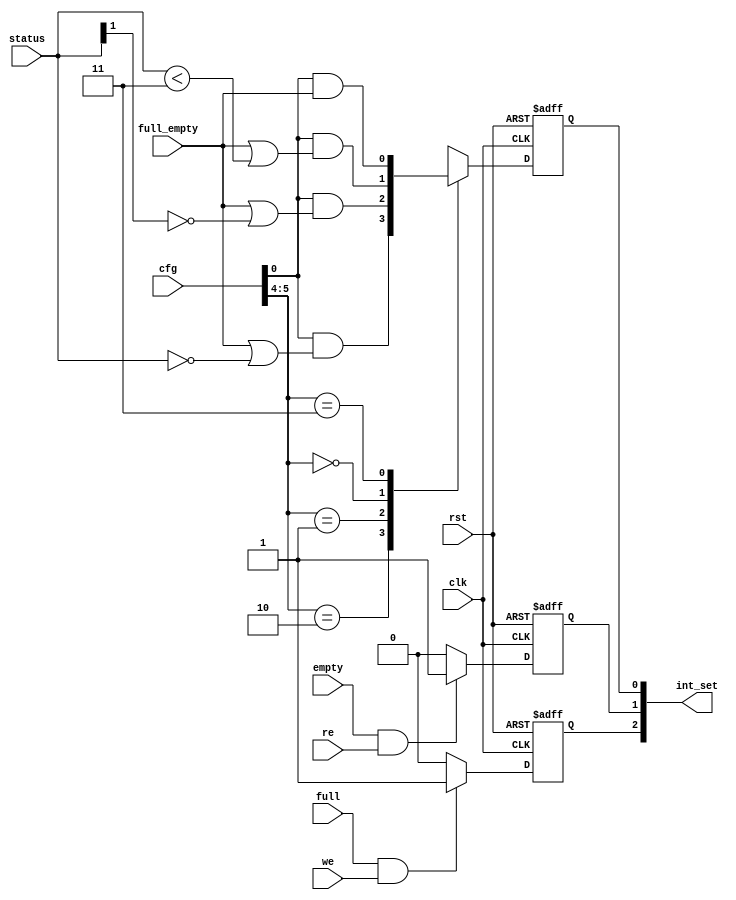
module ac97_int(clk, rst,

		// Register File Interface
		int_set,

		// FIFO Interface
		cfg, status, full_empty, full, empty, re, we
		);

input		clk, rst;
output	[2:0]	int_set;

input	[7:0]	cfg;
input	[1:0]	status;
input		full_empty, full, empty, re, we;

////////////////////////////////////////////////////////////////////
//
// Local Wires
//

reg	[2:0]	int_set;

////////////////////////////////////////////////////////////////////
//
// Interrupt Logic
//

always @(posedge clk or negedge rst)
	if(!rst)	int_set[0] <= #1 1'b0;
	else
	case(cfg[5:4])	// synopsys parallel_case full_case
			// 1/4 full/empty
	   2'h2: int_set[0] <= #1 cfg[0] & (full_empty | (status == 2'h0));
			// 1/2 full/empty
	   2'h1: int_set[0] <= #1 cfg[0] & (full_empty | (status[1] == 1'h0));
			// 3/4 full/empty
	   2'h0: int_set[0] <= #1 cfg[0] & (full_empty | (status < 2'h3));	
	   2'h3: int_set[0] <= #1 cfg[0] & full_empty;
	endcase

always @(posedge clk or negedge rst)
	if(!rst)	int_set[1] <= #1 1'b0;
	else
	if(empty & re)	int_set[1] <= #1 1'b1;
	else int_set[1] <= #1 1'b0;

always @(posedge clk or negedge rst)
	if(!rst)	int_set[2] <= #1 1'b0;
	else
	if(full & we)	int_set[2] <= #1 1'b1;
	else int_set[2] <= #1 1'b0;

endmodule